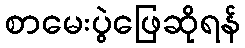
စာမေးပွဲဖြေဆိုရန်